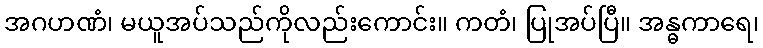
အဂဟဏံ၊ မယူအပ်သည်ကိုလည်းကောင်း။ ကတံ၊ ပြုအပ်ပြီ။ အန္ဓကာရေ၊